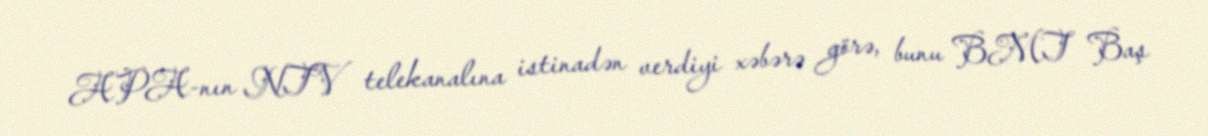
APA-nın NTV telekanalına istinadən verdiyi xəbərə görə, bunu BMT Baş